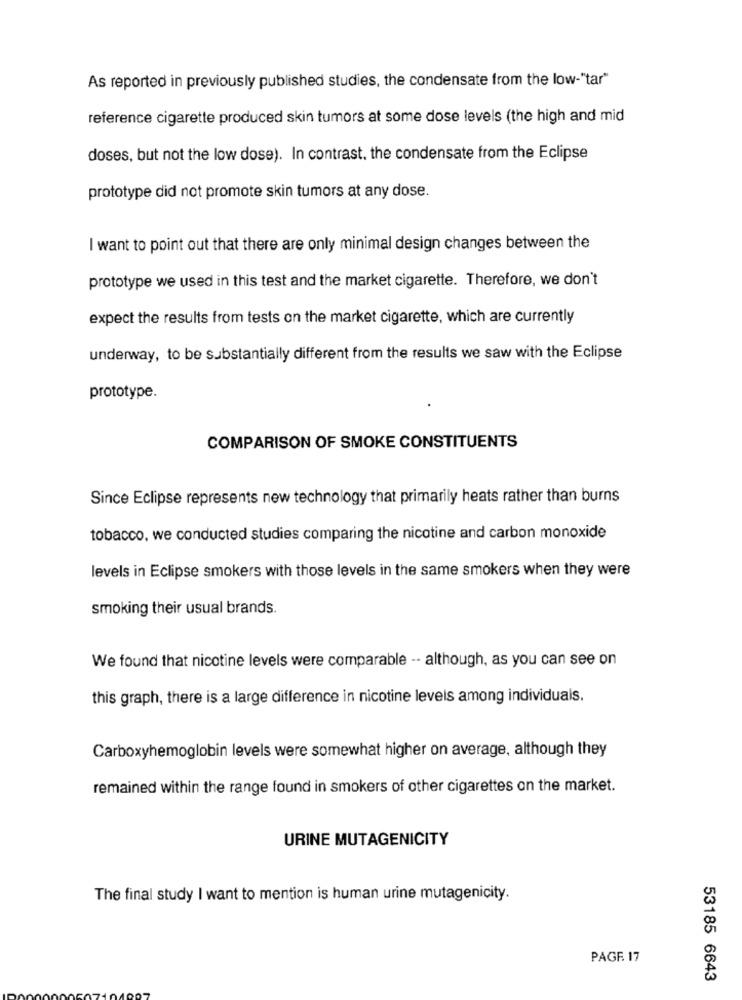
As reported in previously published studies, the condensate from the low-"tar"
reference cigarette produced skin tumors at some dose levels (the high and mid
doses, but not the low dose). In contrast, the condensate from the Eclipse
prototype did not promote skin tumors at any dose.
I want to point out that there are only minimal design changes between the
prototype we used in this test and the market cigarette. Therefore, we don't
expect the results from tests on the market cigarette, which are currently
underway, to be substantially different from the results we saw with the Eclipse
prototype.
COMPARISON OF SMOKE CONSTITUENTS
Since Eclipse represents new technology that primarily heats rather than burns
tobacco, we conducted studies comparing the nicotine and carbon monoxide
levels in Eclipse smokers with those levels in the same smokers when they were
smoking their usual brands.
We found that nicotine levels were comparable -- although, as you can see on
this graph, there is a large difference in nicotine levels among individuals.
Carboxyhemoglobin levels were somewhat higher on average, although they
remained within the range found in smokers of other cigarettes on the market.
URINE MUTAGENICITY
The final study I want to mention is human urine mutagenicity.
PAGE 17
53185 6643